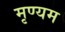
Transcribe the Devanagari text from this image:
मृण्यम